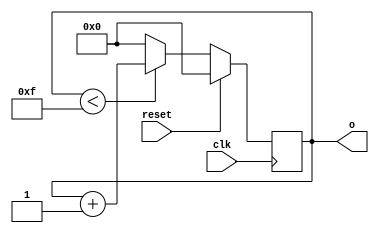
module counter(o,clk,reset);
  output reg [0:3]o;
  input clk,reset;
  
  always @(negedge clk)
  begin
    if(reset==1'b1)
      begin
        o=4'b0000;
      end
    else if(o<4'b1111)
      begin
        o=o+1;
      end
    else
      begin
        o=4'b0000;
      end
    end
  endmodule
  
  
  //tst bnch
  
  module t_counter();
  
  wire [0:3]o;
  reg clk,reset;  

  counter a1(o,clk,reset);
  
  always
  begin
    #25;
    clk=~clk;
  end
  
  initial
  begin
  clk=1'b0;
  reset=1'b1;
  #50;
  reset=1'b0;
  #50;
end
endmodule